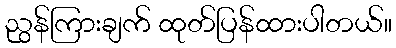
ညွန်ကြားချက် ထုတ်ပြန်ထားပါတယ်။